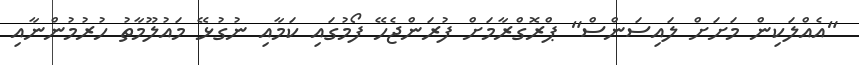
"އެއްލަކިން މަށަށް ލައިސަންސް" ޕްރޮގްރާމަށް ފުރަންޖެހޭ ފޯމުގައި ކަމާއި ނުގުޅޭ މައުލޫމާތު ހުރުމުންނާއި